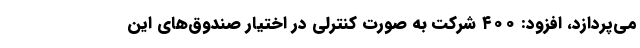
می‌پردازد، افزود: ۴۰۰ شرکت به صورت کنترلی در اختیار صندوق‌های این